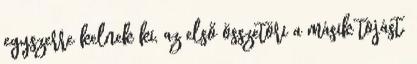
egyszerre kelnek ki, az első összetöri a másik tojást.